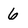
Character: 6